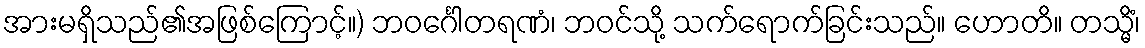
အားမရှိသည်၏အဖြစ်ကြောင့်။) ဘဝင်္ဂေါတရဏံ၊ ဘဝင်သို့ သက်ရောက်ခြင်းသည်။ ဟောတိ။ တသ္မိံ၊